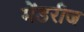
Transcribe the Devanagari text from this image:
मेंडरीज